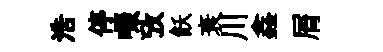
浩停啜攷飫衰川鑫屑